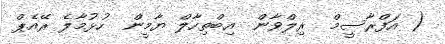
( އަފްރާސީމް  ރިލްވާން  އިބްތިހާލް ޔާމީން  ހުޅުމާލެ ރޭއެޕް